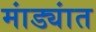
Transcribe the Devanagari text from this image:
मांड्यांत